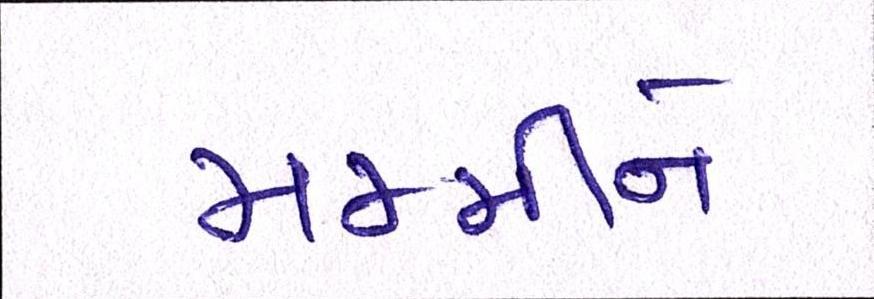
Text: મમ્મીને